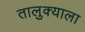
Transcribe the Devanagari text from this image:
तालुक्‍याला